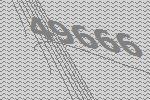
49666